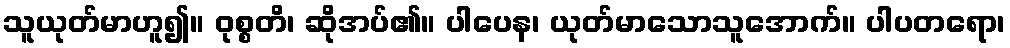
သူယုတ်မာဟူ၍။ ဝုစ္စတိ၊ ဆိုအပ်၏။ ပါပေန၊ ယုတ်မာသောသူအောက်။ ပါပတရော၊